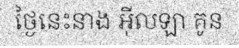
ថ្ងៃនេះនាង អ៊ីលឡា គូន